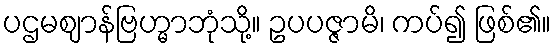
ပဌမဈာန်ဗြဟ္မာဘုံသို့။ ဥပပဇ္ဇာမိ၊ ကပ်၍ ဖြစ်၏။